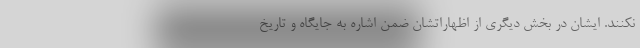
نکنند. ایشان در بخش دیگری از اظهاراتشان ضمن اشاره به جایگاه و تاریخ